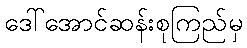
ဒေါ်အောင်ဆန်းစုကြည်မှ